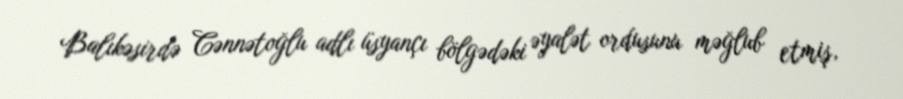
Balıkəsirdə Cənnətoğlu adlı üsyançı bölgədəki əyalət ordusunu məğlub etmiş,